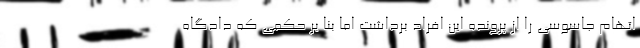
اتهام جاسوسی را از پرونده این افراد برداشت اما بنا بر حکمی که دادگاه